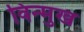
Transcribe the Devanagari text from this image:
विन्‍मुख